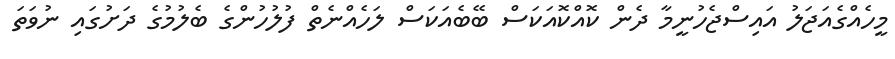
މީހެއްގެއަޖަލު އައިސްޖެހުނީމާ ދެން ކޮއްކޮއަކަސް ބޭބެއަކަސް ލަހެއްނެތް ފުލުހުންގެ ބެލުމުގެ ދަށުގައި ނުވަތަ